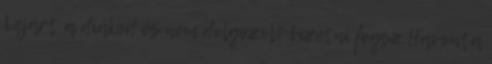
Lejárt a diákod és nem dolgozol? Fizetni fogsz Havonta